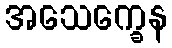
အသေက္ခေန